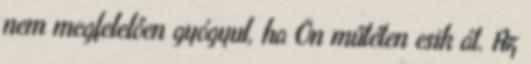
nem megfelelően gyógyul, ha Ön műtéten esik át. Az